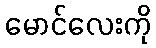
မောင်လေးကို